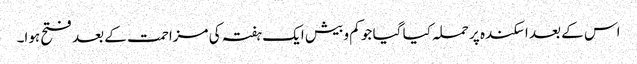
اس کے بعد اسکندہ پر حملہ کیا گیا جو کم و بیش ایک ہفتہ کی مزاحمت کے بعد فتح ہوا۔